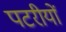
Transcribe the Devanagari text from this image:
पटरीयों